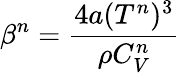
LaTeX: \beta^{n}=\frac{4a(T^{n})^{3}}{\rho C_{V}^{n}}